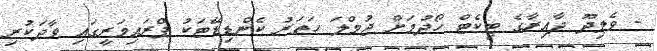
- ވެލިދޫ ދާއިރާގެ ޓިކެޓް ހޯދުމަށް ޖުމްލަ ހަތަރު ކެންޑިޑޭޓަކު ޕްރައިމަރީގައި ވާދަކުރި